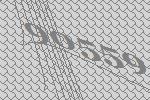
90559